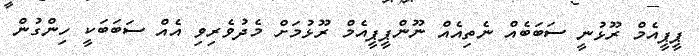
ޕީޕީއެމް ރޫޅުނީ ސަބަބެއް ނެތިއެއް ނޫންޕީޕީއެމް ރޫޅުމަށް މެދުވެރިވި އެއް ސަބަބަކީ ހިންގުން